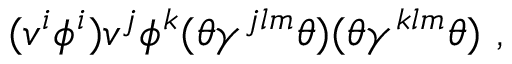
( v ^ { i } \phi ^ { i } ) v ^ { j } \phi ^ { k } ( \theta \gamma ^ { j l m } \theta ) ( \theta \gamma ^ { k l m } \theta ) ~ ,